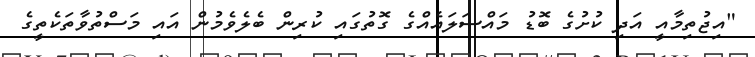
"އިޖުތިމާއީ އަދި ކުށުގެ ބޮޑު މައްސަލައެއްގެ ގޮތުގައި ކުރިން ބެލެވެމުން އައި މަސްތުވާތަކެތީގެ